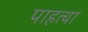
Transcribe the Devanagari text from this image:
पाहत्या